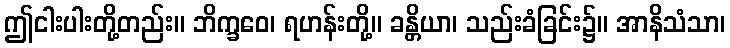
ဤငါးပါးတို့တည်း။ ဘိက္ခဝေ၊ ရဟန်းတို့။ ခန္တိယာ၊ သည်းခံခြင်း၌။ အာနိသံသာ၊